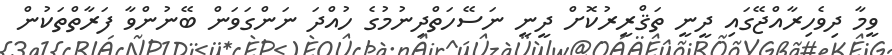
ވީމާ ދިވެހިރާއްޖޭގައި ދީނީ ތަޤްރީރުކޮށް ދީނީ ނަސޭހަތްދިނުމުގެ ހުއްދަ ނަންގަވަން ބޭނުންވާ ފަރާތްތަކުން